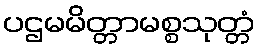
ပဌမမိတ္တာမစ္စသုတ္တံ